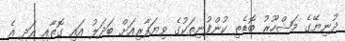
ދުނިޔޭގެ މަޝްހޫރު ބޮޑެތި ކުންފުނިތަކުގެ ވިޔަފާރިއަށް ބަދަލު އައި ގޮތާއި އަދި އެ